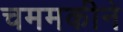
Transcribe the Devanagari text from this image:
चममकीने